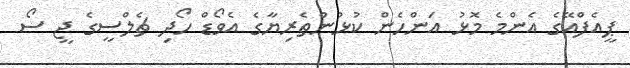
ޕީއެފްއޭގެ އެންމެ މޮޅު އަންހެން ކުޅުންތެރިޔާގެ އެވޯޑް ހޯދި ޗެލްސީގެ ޖީ ސޯ